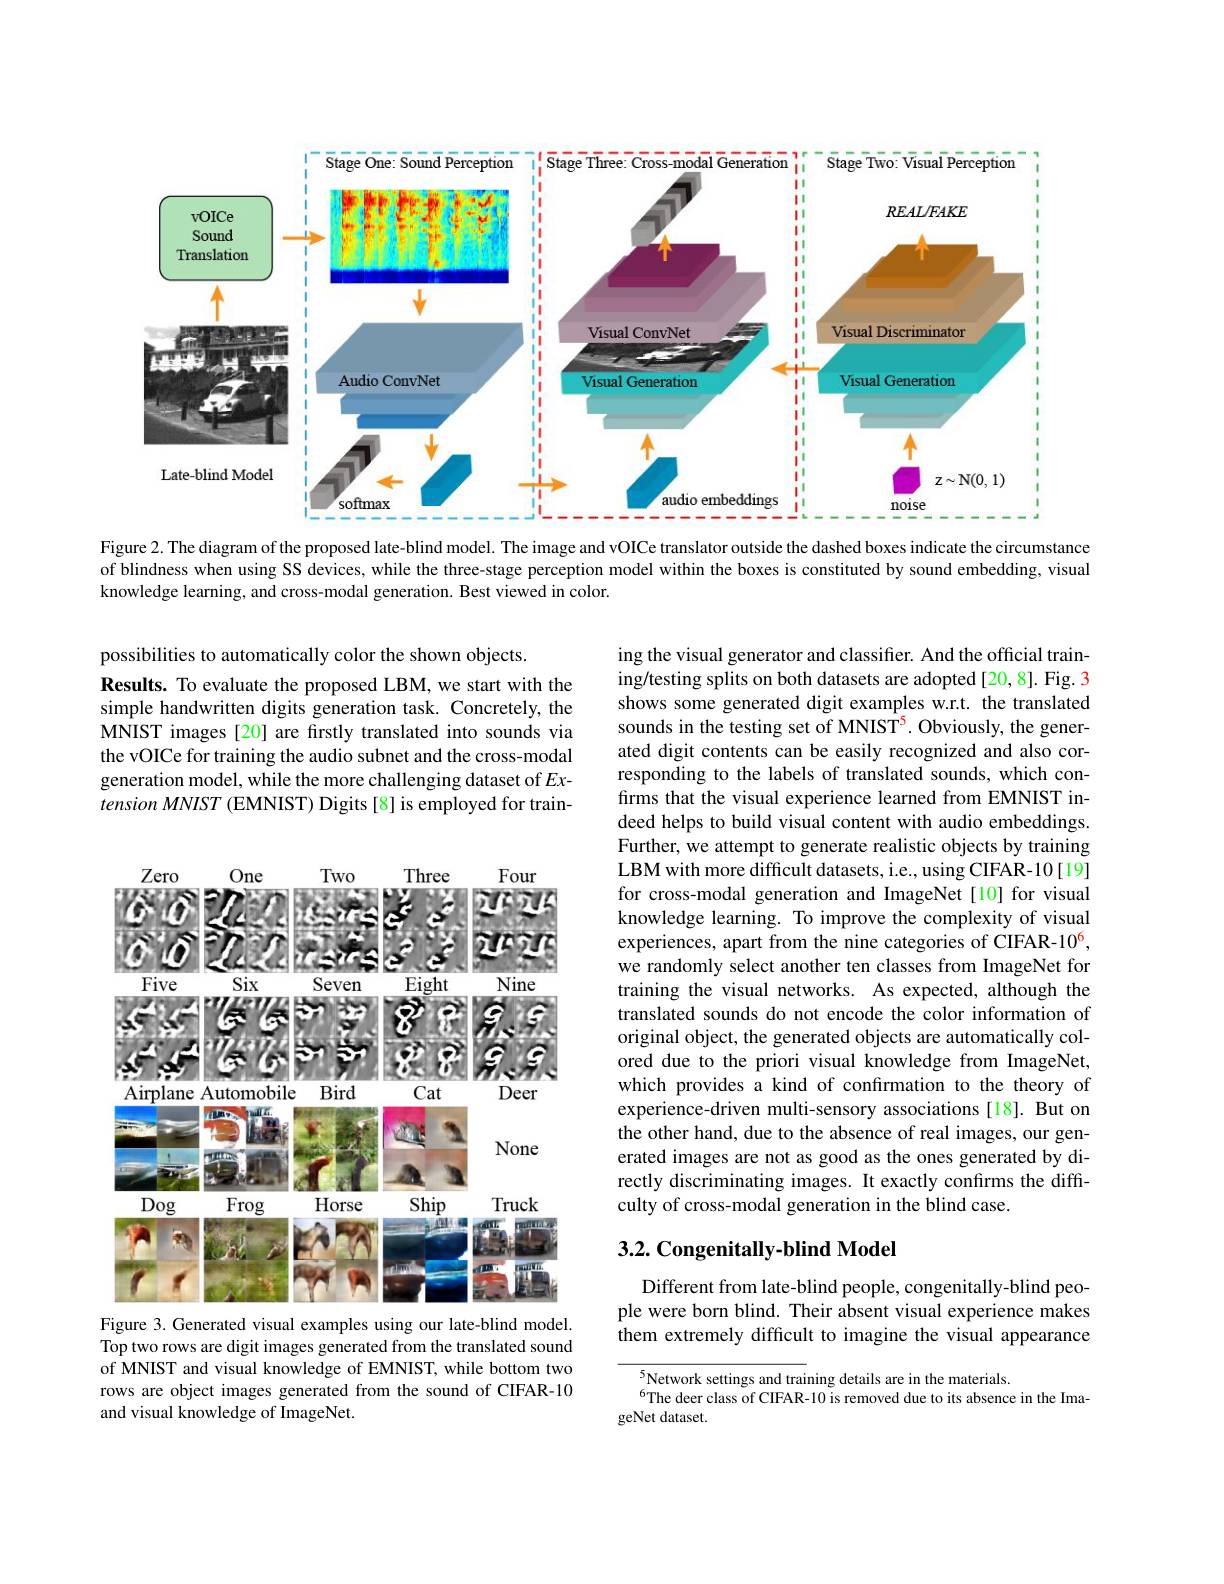
<FigureHere>
Figure 2. The diagram of the proposed late-blind model. The image and vOICe translator outside the dashed boxes indicate the circumstance

of blindness when using SS devices, while the three-stage perception model within the boxes is constituted by sound embedding, visual
knowledge learning, and cross-modal generation. Best viewed in color.

possibilities to automatically color the shown objects.
Results. To evaluate the proposed LBM, we start with the simple handwritten digits generation task. Concretely, the MNIST images [20] are firstly translated into sounds via the vOICe for training the audio subnet and the cross-modal generation model, while the more challenging dataset of $Ex-$ $tension\textit{ MNIST ( EMNIST) Digits[ 8] is employed for train- }$

ing the visual generator and classifier. And the official training/testing splits on both datasets are adopted [20,8]. Fig. 3 shows some generated digit examples w.r.t. the translated sounds in the testing set of MNIST$^5.$ Obviously, the generated digit contents can be easily recognized and also corresponding to the labels of translated sounds, which confirms that the visual experience learned from EMNIST indeed helps to build visual content with audio embeddings. Further, we attempt to generate realistic objects by training LBM with more difficult datasets, i.e., using CIFAR-10[19] for cross-modal generation and ImageNet[10] for visual knowledge learning. To improve the complexity of visual experiences, apart from the nine categories of CIFAR-10$^6$, we randomly select another ten classes from ImageNet for training the visual networks. As expected, although the translated sounds do not encode the color information of original object, the generated objects are automatically colored due to the priori visual knowledge from ImageNet, which provides a kind of confırmation to the theory of experience-driven multi-sensory associations[18]. But on the other hand, due to the absence of real images, our generated images are not as good as the ones generated by directly discriminating images. It exactly confirms the difficulty of cross-modal generation in the blind case.

<FigureHere>
Figure 3. Generated visual examples using our late-blind model.

## 3.2. Congenitally-blind Model

Different from late-blind people, congenitally-blind people were born blind. Their absent visual experience makes $\hat{\text{them extremely difficult to imagine the visual appearance}}$

Top two rows are digit images generated from the translated sound of MNIST and visual knowledge of EMNIST, while bottom two rows are object images generated from the sound of CIFAR-10 and visual knowledge of ImageNet.

{5}Network settings and training details are in the materials.
$^{6}$The deer class of CIFAR-10 is removed due to its absence in the Ima-
geNet dataset.